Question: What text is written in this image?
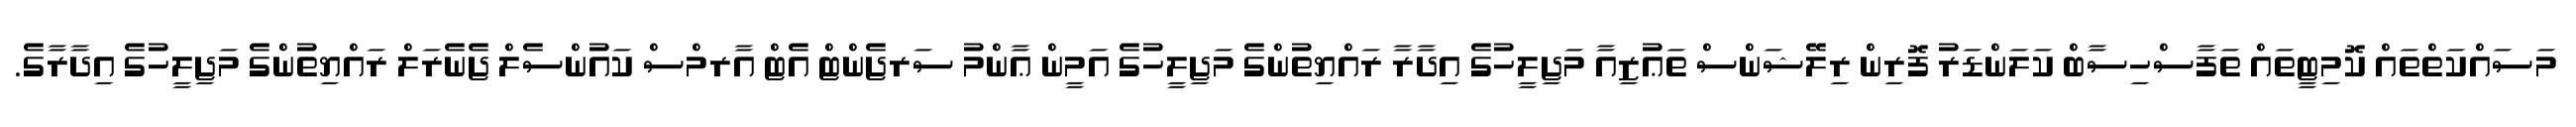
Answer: މަސައްކަތްތައް ކޮމިޓީތައް ތަފާސްހިސާބް ކަލަންޑަރު ފޮރިން ރިލޭޝަންސް ތަޢުޒިއާ މަޖިލީހުގެ އިދާރާ ރައްޔިތުންގެ މަޖިލީހުގެ އަމީން ޢާންމު ސަރޖެންޓް އެޓް އާރމްސް ކައުންސެލް ޖެނެރަލް ރައްޔިތުންގެ މަޖިލީހުގެ އިދާރާގެ.